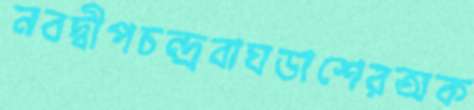
নবদ্বীপচন্দ্রবাঘডাশেরঅক